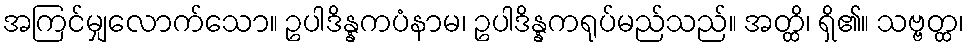
အကြင်မျှလောက်သော။ ဥပါဒိန္နကပံနာမ၊ ဥပါဒိန္နကရုပ်မည်သည်။ အတ္ထိ၊ ရှိ၏။ သဗ္ဗတ္ထ၊